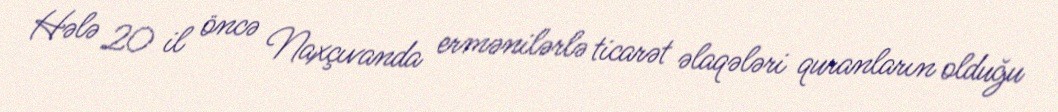
Hələ 20 il öncə Naxçıvanda ermənilərlə ticarət əlaqələri quranların olduğu